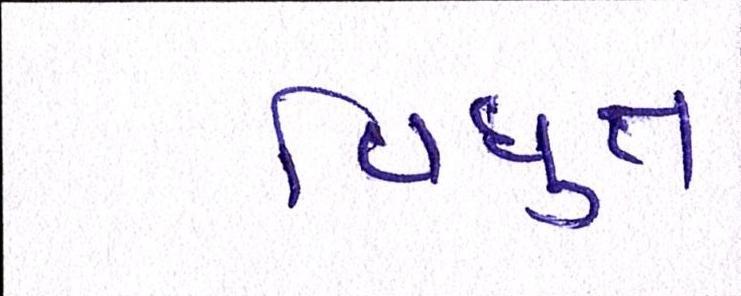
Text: વિધુત